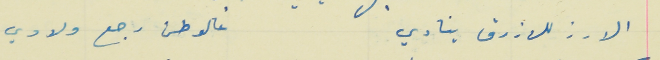
الارز للازرق ينادي                                                    عالوطن رجع ولادي